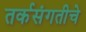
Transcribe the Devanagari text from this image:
तर्कसंगतीचे